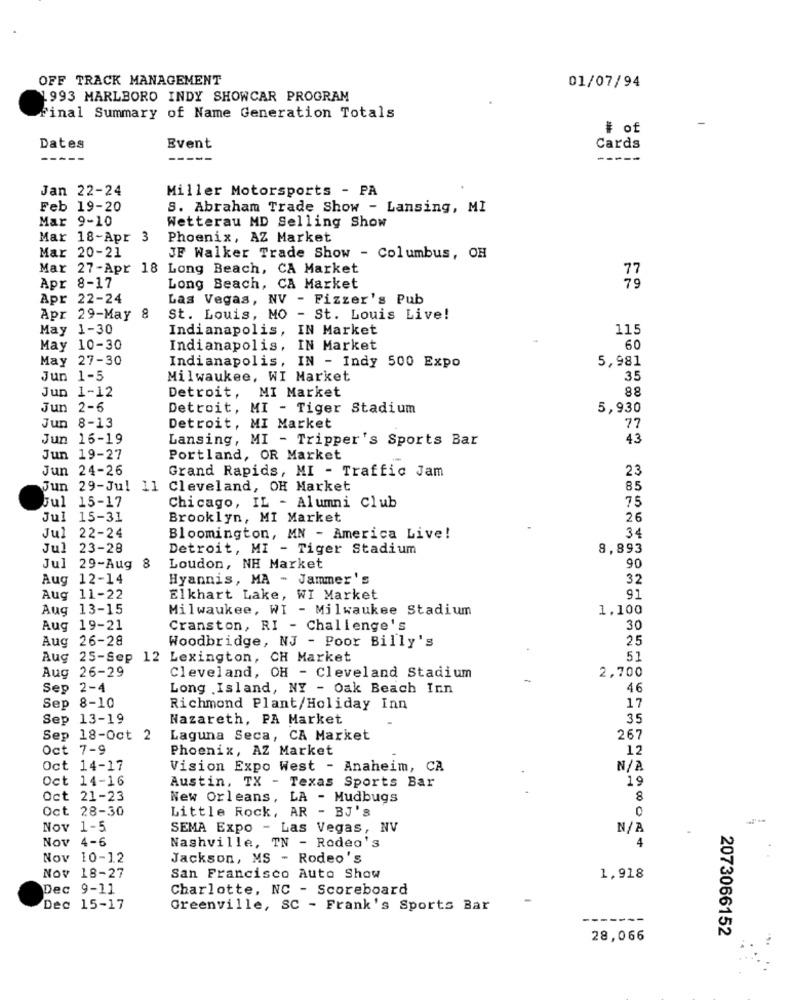
OFF TRACK MANAGEMENT
01/07/94
1993 MARLBORO INDY SHOWCAR PROGRAM
Final Summary of Name Generation Totals
-
# of
Dates
Event
Cards
---
-----
Jan 22-24
Miller Motorsports - PA
Feb 19-20
S. Abraham Trade Show - Lansing, MI
Mar 9-10
Wetterau MD Selling Show
Mar 18-Apr 3
Phoenix, AZ Market
Mar 20-21
JE Walker Trade Show - Columbus, OH
Mar 27-Apr 18 Long Beach, CA Market
Apr 8-17
Long Beach, CA Market
Apr 22-24
Las Vegas, NV - Fizzer's Pub
Apr 29-May 8
St. Louis, MO - St. Louis Live!
May 1-30
Indianapolis, IN Market
115
May 10-30
Indianapolis, IN Market
60
May 27-30
Indianapolis, IN - Indy 500 Expo
5,981
Jun 1-5
Milwaukee, WI Market
35
Jun 1-12
Detroit, MI Market
88
Jun 2-6
Detroit, MI - Tiger Stadium
5,930
Jun 8-13
Detroit, MI Market
77
Jun 16-19
Lansing, MI - Tripper's Sports Bar
43
Jun 19-27
Portland, OR Market
Jun 24-26
Grand Rapids, MI - Traffic Jam
23
Jun 29-Jul 11 Cleveland, OH Market
85
Jul 15-17
75
Chicago, IL - Alumni Club
Jul 15-31
Brooklyn, MI Market
26
Jul 22-24
Bloomington, MN - America Live!
34
Jul 23-28
Detroit, MI - Tiger Stadium
8,893
Jul 29-Aug 8
Loudon, NH Market
90
Aug 12-14
Hyannis, MA - Jammer's
32
Aug 11-22
Elkhart Lake, WI Market
91
Aug 13-15
Milwaukee, WI - Milwaukee Stadium
1.100
Aug 19-21
Cranston, RI - Challenge's
30
Aug 26-28
Woodbridge, NJ - Poor Billy's
25
Aug 25-Sep 12 Lexington, CH Market
51
Aug 26-29
Cleveland, OH - Cleveland Stadium
2,700
Sep 2-4
Long Island, NY - Oak Beach Inn
46
Sep 8-10
Richmond Plant/Holiday Inn
17
Sep 13-19
Nazareth, PA Market
35
Sep 18-Oct 2
Laguna Seca, CA Market
267
Oct 7-9
Phoenix, AZ Market
12
Oct 14-17
Vision Expo West - Anaheim, CA
Oct 14-16
19
Austin, TX - Texas Sports Bar
Oct 21-23
New Orleans, LA - Mudbugs
8
Oct 28-30
Little Rock, AR - BJ'S
0
Nov 1-5
SEMA Expo - Las Vegas, NV
Nov 4-6
Nashville, TN - Rodeo's
4
Nov 10-12
Jackson, MS - Rodeo's
Nov 18-27
San Francisco Auto Show
1,918
Dec 9-11
Charlotte, NC - Scoreboard
Dec 15-17
Greenville, SC - Frank's Sports Bar
2073066152
28,066